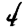
Digit: 4